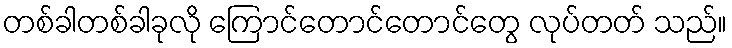
တစ်ခါတစ်ခါခုလို ကြောင်တောင်တောင်တွေ လုပ်တတ် သည်။